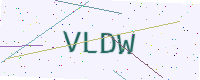
Text: VLDW